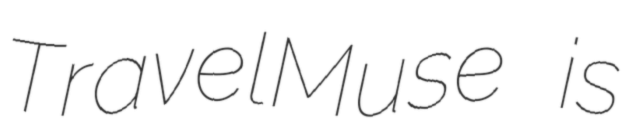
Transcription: TravelMuse is